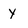
Character: y